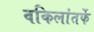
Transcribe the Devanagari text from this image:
वकिलांतर्फे